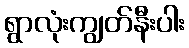
ရွာလုံးကျွတ်နီးပါး